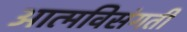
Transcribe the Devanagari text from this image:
आत्मविसंगती